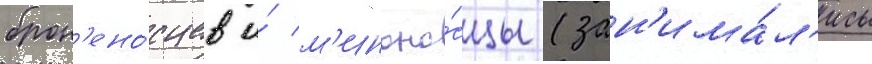
брон'ено́сцев и́ м'иноно́сцы (зан'има́л'ись